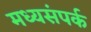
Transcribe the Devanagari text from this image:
मध्यसंपर्क